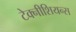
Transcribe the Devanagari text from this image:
टेक्नीशियन्स